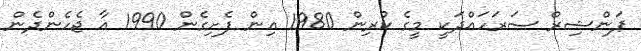
ޕަންޝިރް ސަރަހައްދަކީ މީގެ ކުރިން 1980 އިން ފެށިގެން 1990 އާ ޖެހެންދެން